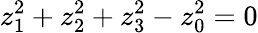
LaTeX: z_{1}^{2}+z_{2}^{2}+z_{3}^{2}-z_{0}^{2}=0